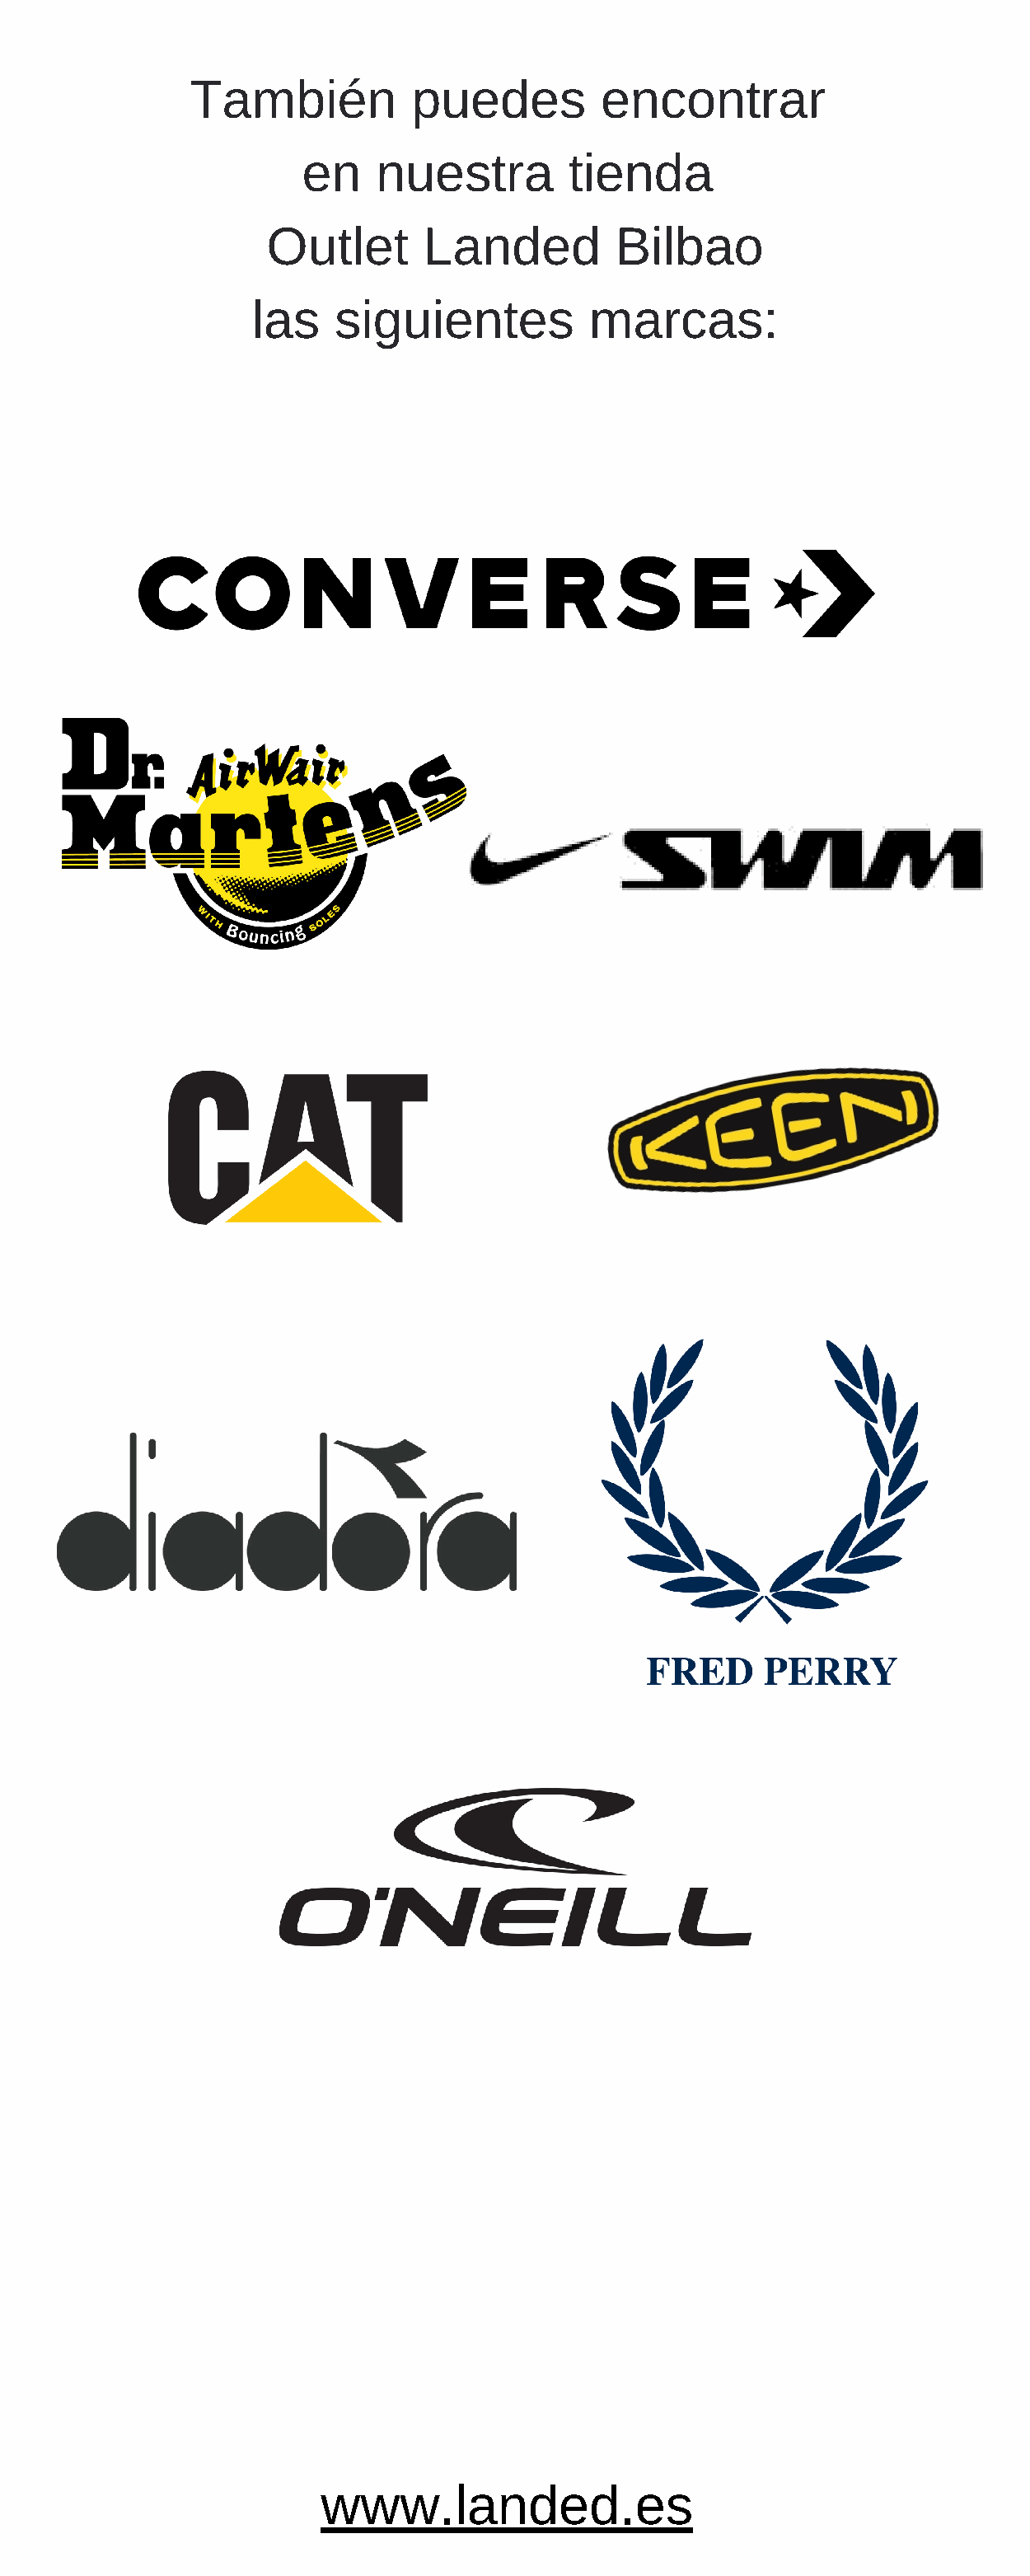
También           puedes         encontrar
 en    nuestra         tienda
 Outlet       Landed         Bilbao
 las    siguientes          marcas:
 www.landed.es